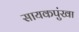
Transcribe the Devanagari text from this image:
सायकपुंखा